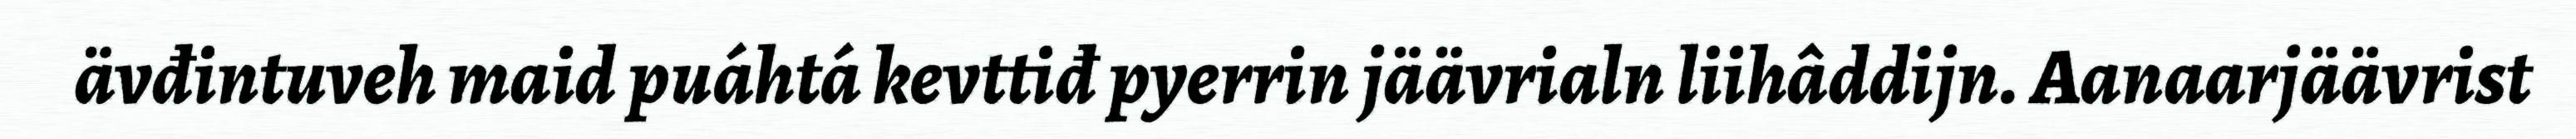
ävđintuveh maid puáhtá kevttiđ pyerrin jäävrialn liihâddijn. Aanaarjäävrist